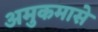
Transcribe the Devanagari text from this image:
अमुकमासे